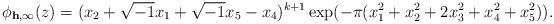
LaTeX: \begin{align*} \phi_{\mathbf h, \infty}(z) = (x_2 + \sqrt{-1}x_1 + \sqrt{-1}x_5 - x_4)^{k+1}\exp(-\pi(x_1^2 + x_2^2 + 2x_3^2 + x_4^2 + x_5^2)). \end{align*}